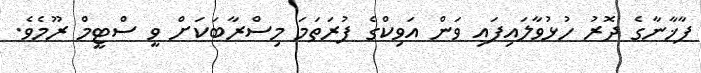
ފާޚާނާގެ ދޮރު ހުޅުވާލައިފައި ވަން އަވިކްގެ ފުރަތަމަ މިސްރާބަކަށް ވީ ސްޓީމް ރޫމެވެ.